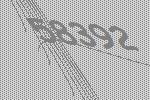
58392